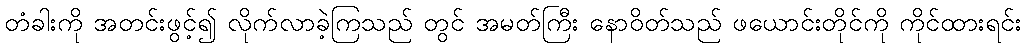
တံခါးကို အတင်းဖွင့်၍ လိုက်လာခဲ့ကြသည် တွင် အမတ်ကြီး နောဝိတ်သည် ဖယောင်းတိုင်ကို ကိုင်ထားရင်း